Eesti_Vabariigi_Tartu_Ulikool, lk 42
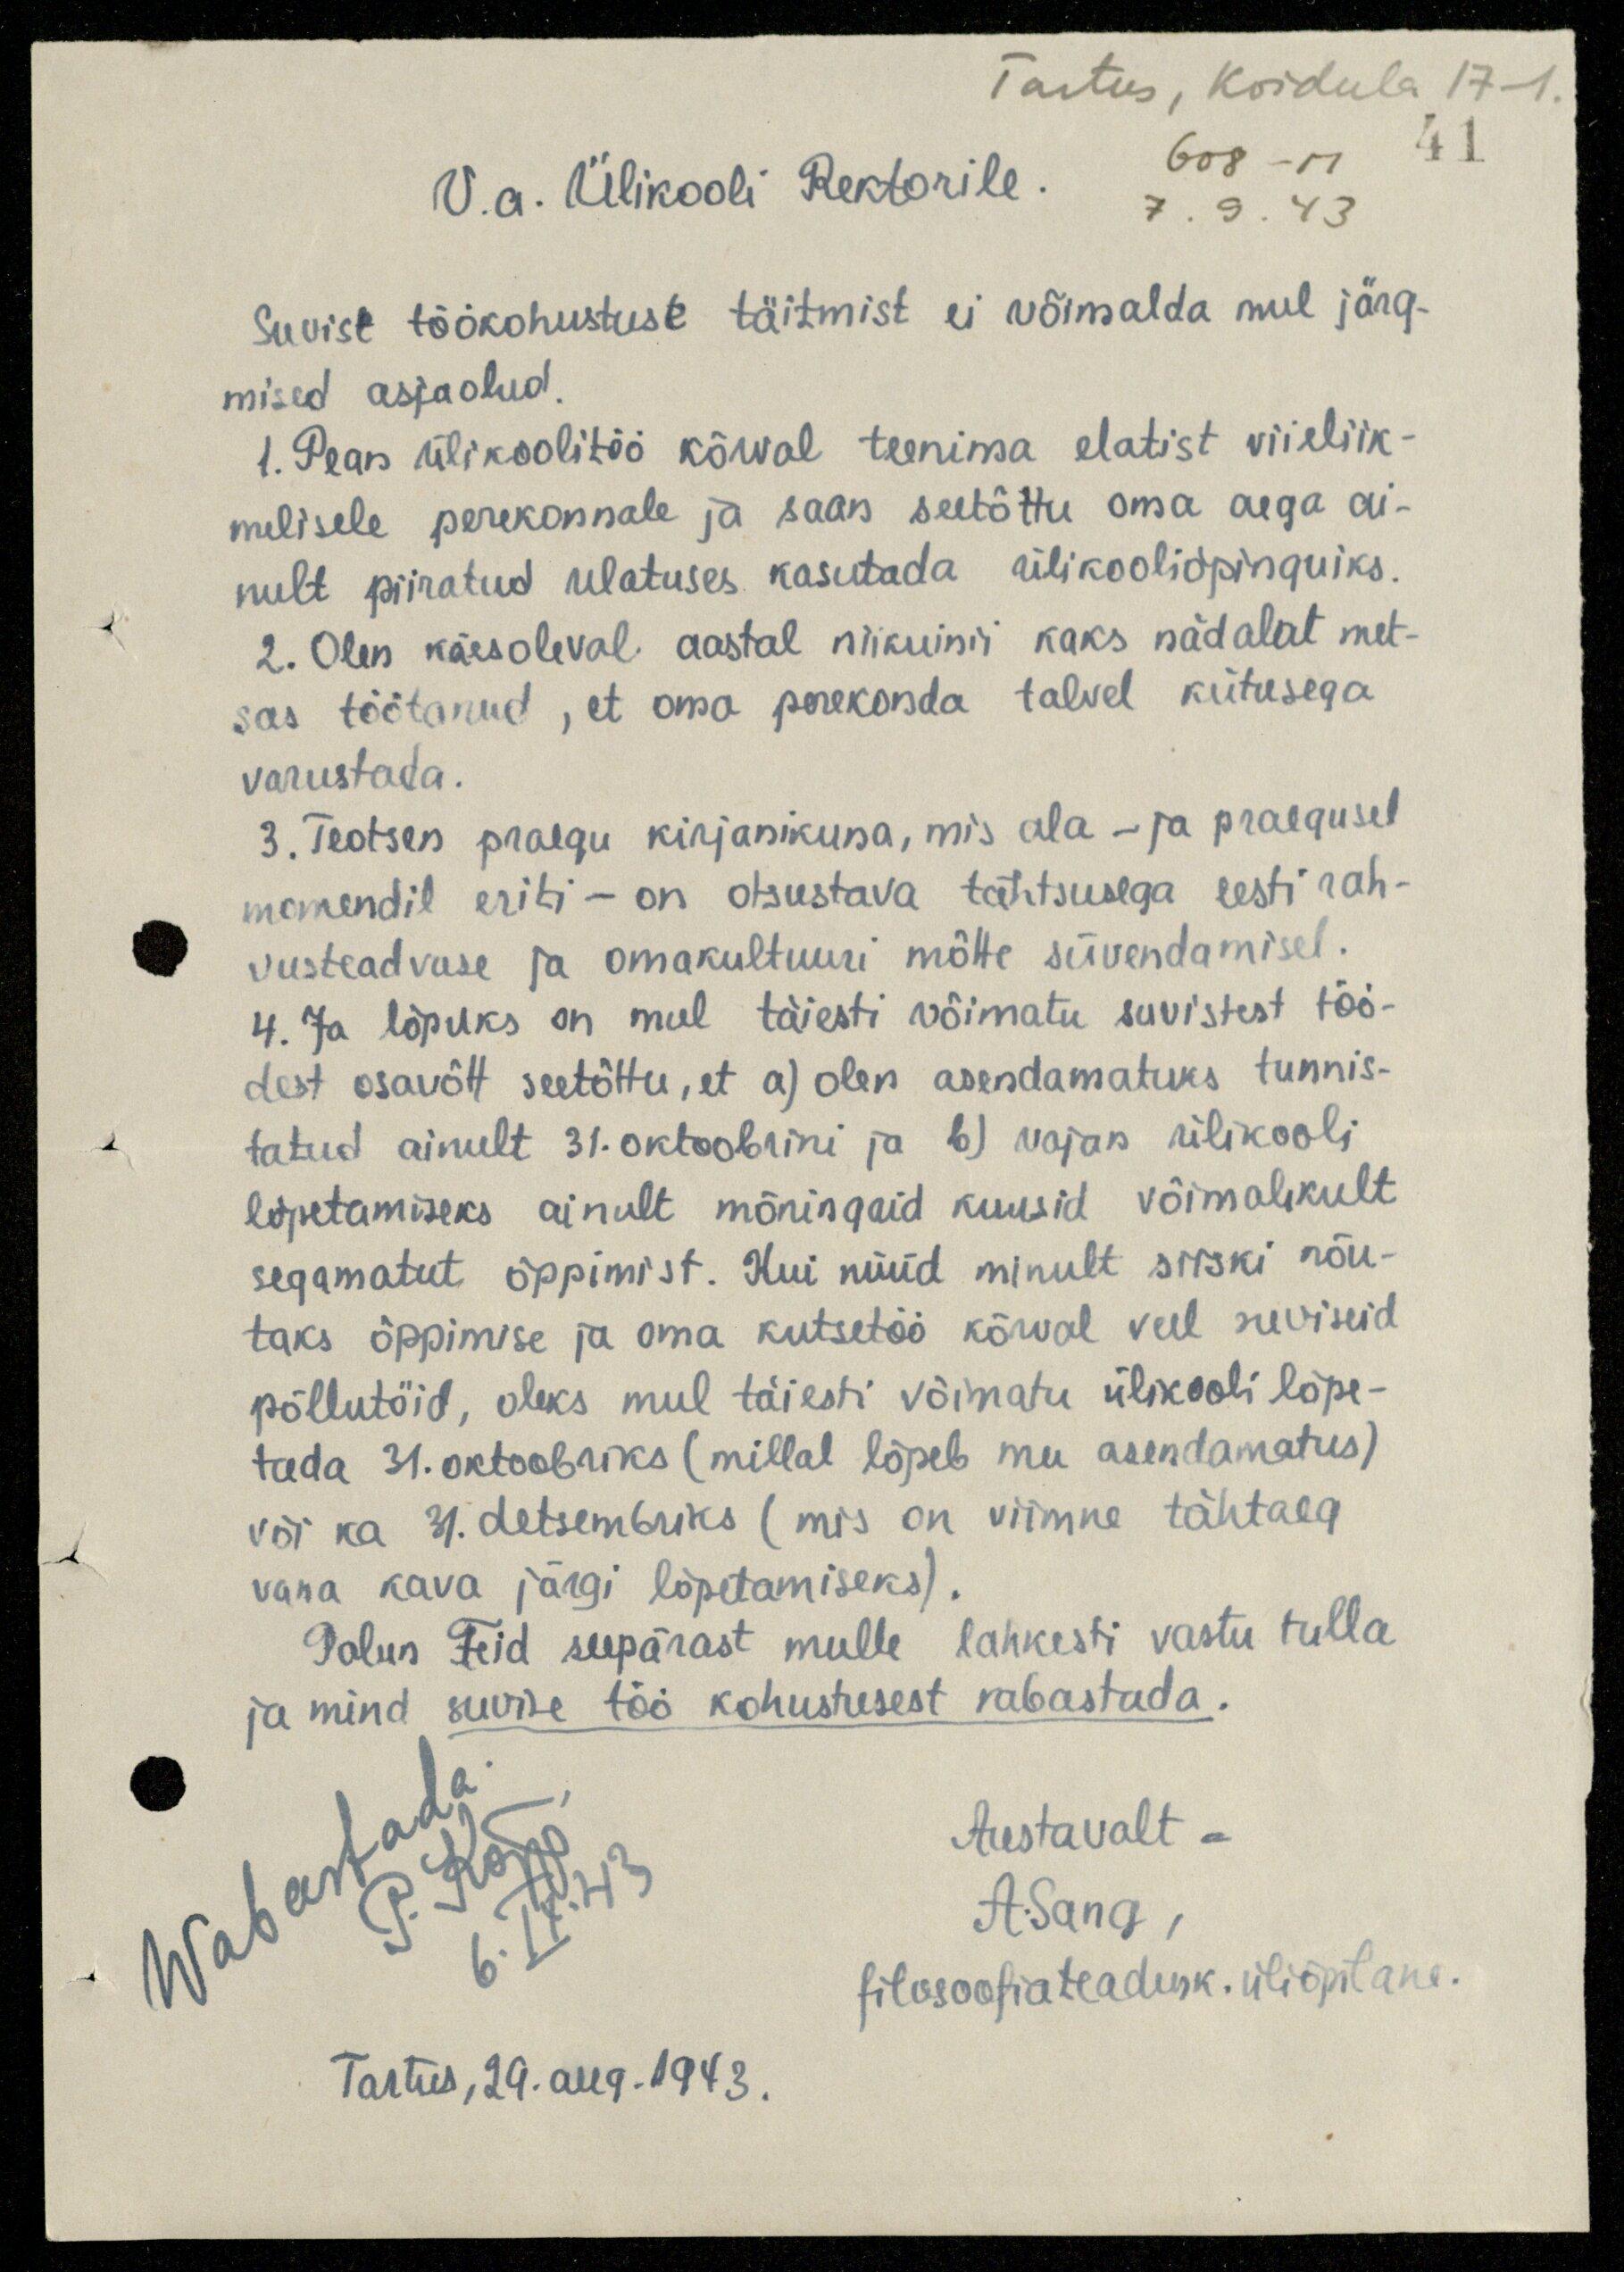
Tartus, Koidula 17-1.
608 - M 41
7. 9. 43
V.a. Ülikooli Rektorile.
Suvist töökohustuse täitmist ei võimalda mul järg-
mised asjaolud.
1. Pean ülikoolitöö kõrval teenima elatist viieliik-
melisele perekonnale ja saan seetõttu oma aega ai-
nult piiratud ulatuses kasutada ülikooliõpinguiks.
2. Olen käesoleval aastal niikunii kaks nädalat met-
sas töötanud, et oma perekonda talvel kütusega
varustada.
3. Teotsen praegu kirjanikuna, mis ala - ja praegusel
momendil eriti - on otsustava tähtsusega eesti rah-
vusteadvuse ja omakultuuri mõtte süvendamisel.
4. Ja lõpuks on mul täiesti võimatu suvistest töö-
dest osavõtt seetõhtu, et a) olen asendamatuks tunnis-
tatud ainult 31.oktoobrini ja b) vajan ülikooli
lõpetamiseks ainult mõningaid kuusid võimalikult
segamatut õppimist. Kui nüüd minult siiski nõu-
taks õppimise ja oma kutsetöö kõrval veel suviseid
põllutöid, oleks mul täiesti võimatu ülikooli lõpe-
tada 31.oktoobriks (millal lõpeb mu asendamatus)
või ka 31. detsembriks (mis on viimne tähtaeg
vana kava järgi lõpetamiseks).
Palun Teid seepärast mulle lahkesti vastu tulla,
ja mind suvise töö kohustusest vabastada.
Austavalt -
A. Sang ,
filosoofiateadusk. üliõpilane.
Wabastada
P. Kõpp.
6.IX.43
Tartus, 29. aug. 1943.